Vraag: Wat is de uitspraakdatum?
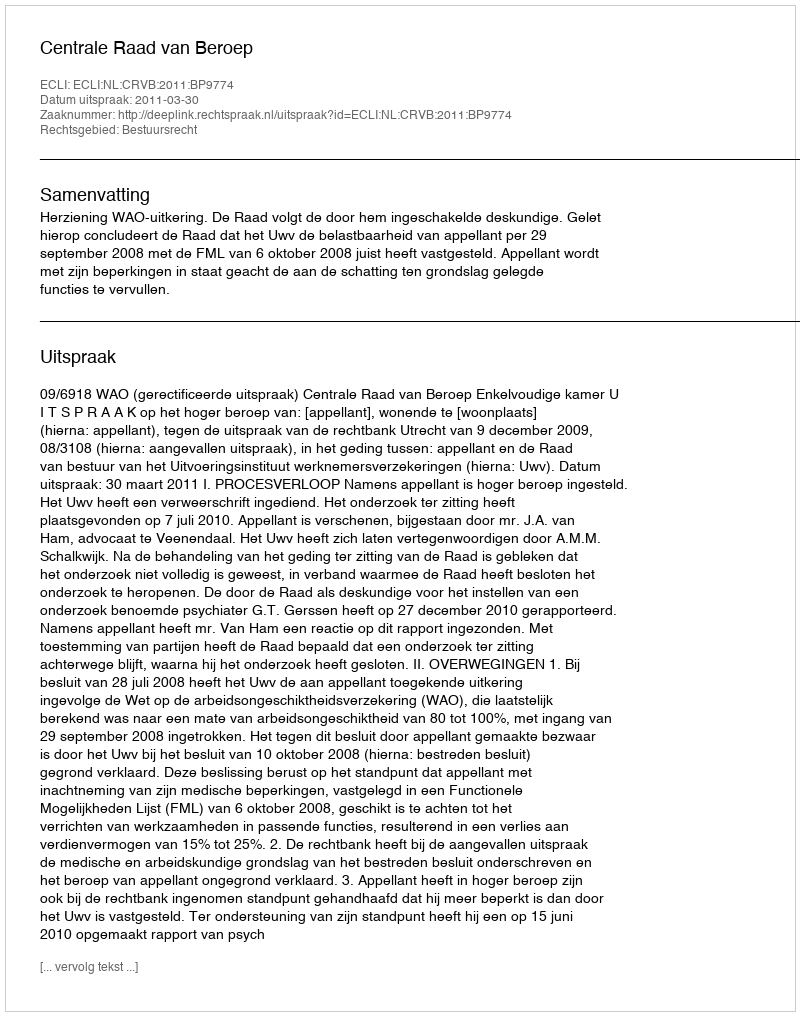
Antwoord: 2011-03-30